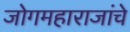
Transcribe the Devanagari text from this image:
जोगमहाराजांचे